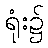
ရုံး၌